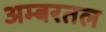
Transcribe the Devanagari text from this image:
अम्बरतल